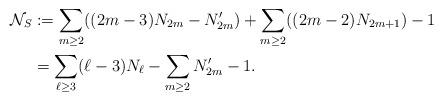
LaTeX: \begin{align*}\mathcal{N}_S &:=\sum_{m \ge 2}((2m-3)N_{2m}-N'_{2m})+\sum_{m \ge 2}((2m-2)N_{2m+1})-1 \\ &=\sum_{\ell \ge 3}(\ell -3) N_{\ell} - \sum_{m \ge 2}N'_{2m} -1.\end{align*}